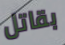
بقاتل